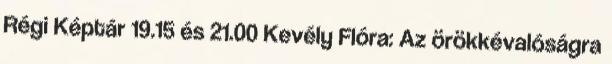
Régi Képtár 19.15 és 21.00 Kevély Flóra: Az örökkévalóságra